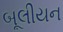
બૂલીયન